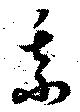
某